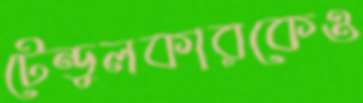
টেন্ডুলকারকেও